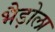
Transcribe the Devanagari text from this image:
भैड़ोला